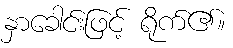
နှာခေါင်းဖြင့် ရိုက်၏။